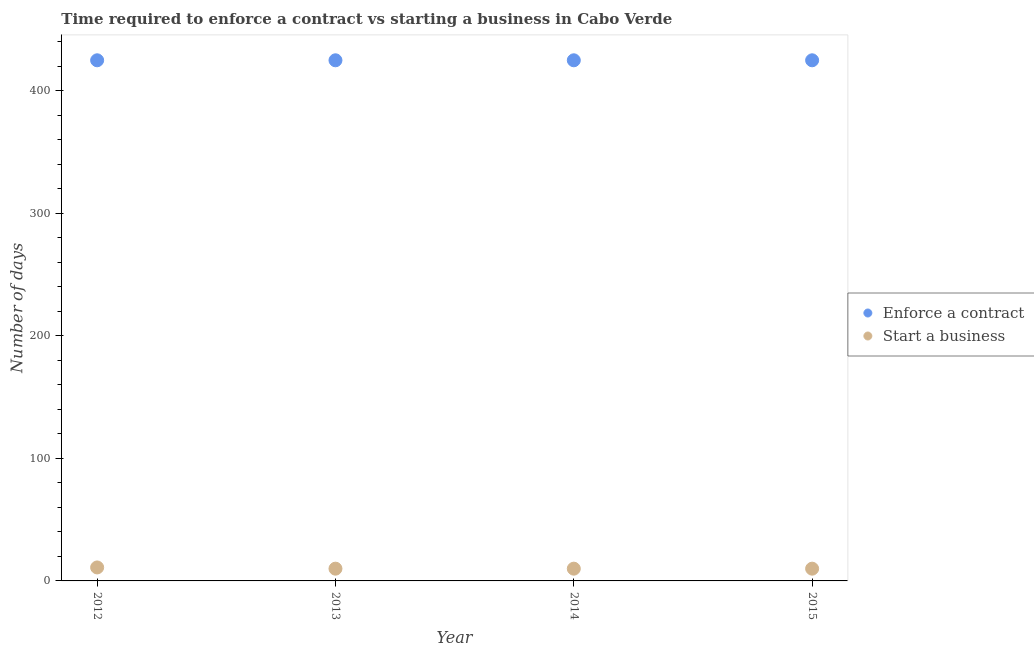
| Year | Enforce a contract | Start a business |
 | --- | --- | --- |
 | 2012 | 425 | 11 |
 | 2013 | 425 | 10 |
 | 2014 | 425 | 10 |
 | 2015 | 425 | 10 |